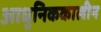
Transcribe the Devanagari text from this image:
आधुनिककालीन